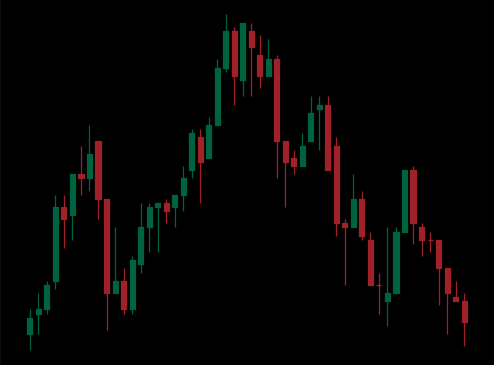
Pattern: head_shoulders